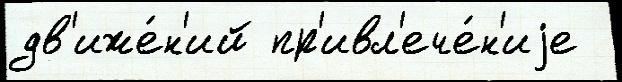
дв'иже́н'ий пр'ивл'ече́н'иjе